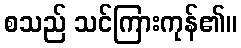
စသည် သင်ကြားကုန်၏။